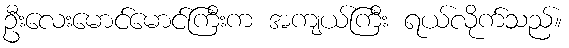
ဦးလေးမောင်မောင်ကြီးက အကျယ်ကြီး ရယ်လိုက်သည်။